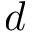
d